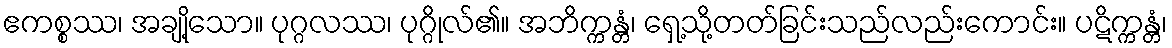
ဧကစ္စဿ၊ အချို့သော။ ပုဂ္ဂလဿ၊ ပုဂ္ဂိုလ်၏။ အဘိက္ကန္တံ၊ ရှေ့သို့တတ်ခြင်းသည်လည်းကောင်း။ ပဋိက္ကန္တံ၊